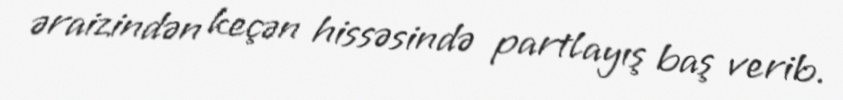
əraizindən keçən hissəsində partlayış baş verib.